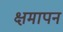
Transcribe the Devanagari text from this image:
क्षमापनं